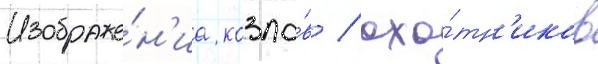
Изображе́н'иа козло́в / охо́тн'иков